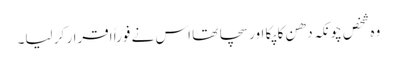
وہ شخص چونکہ دھن کا پکا اور سچا تھا اس نے فوراً اقرار کر لیا۔